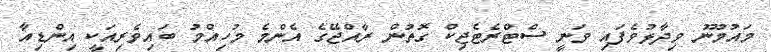
މައުމޫނު ވިދާޅުވެފައި ވަނީ ސްޓްރެޓެޖިކް ގޮތުން ރާއްޖޭގެ އެންމެ މުހިއްމު ބައިވެރިއަކީ އިންޑިއާ